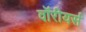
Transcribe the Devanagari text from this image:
वॉरीयर्स